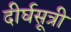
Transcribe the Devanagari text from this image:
दीर्घसूत्री